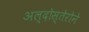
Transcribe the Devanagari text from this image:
अल्दोस्तेरोने